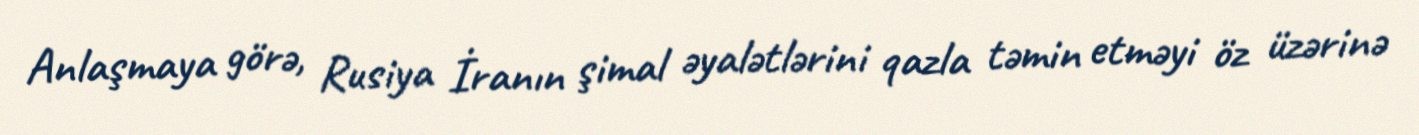
Anlaşmaya görə, Rusiya İranın şimal əyalətlərini qazla təmin etməyi öz üzərinə